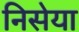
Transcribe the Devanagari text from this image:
निसेया